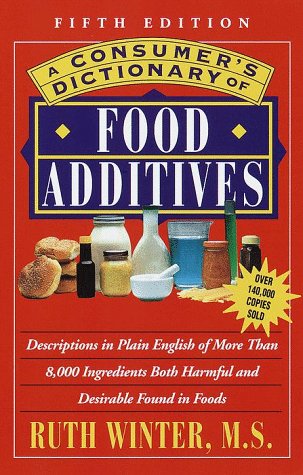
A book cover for A Consumer's Dictionary of Food Additives: Fifth Edition Over 140,000 Copies Sold; Ruth Winter; Health, Fitness & Dieting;